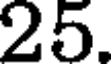
25.